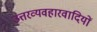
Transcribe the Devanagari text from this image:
उत्तरव्यवहारवादियों